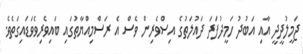
ޖަމީލުދީދީ އާއި އަބުދު ހަމީދުފަދަ ދައުލަތުގެ އިސްވެރިން ވެސް އެ ރަސްމިއްޔާތުގައި ބައިވެރިވެވަޑައިގަތެވެ.